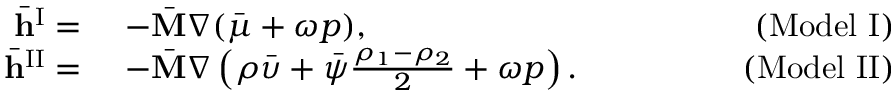
\begin{array} { r l r } { \bar { \mathbf { h } } ^ { \mathrm { I } } = } & { ~ - \bar { \mathbf { M } } \nabla ( \bar { \mu } + \omega p ) , \quad \quad \quad \quad } & { ( \mathrm { M o d e l ~ I } ) } \\ { \bar { \mathbf { h } } ^ { \mathrm { I I } } = } & { ~ - \bar { \mathbf { M } } \nabla \left( \rho \bar { \upsilon } + \bar { \psi } \frac { \rho _ { 1 } - \rho _ { 2 } } { 2 } + \omega p \right) . \quad \quad \quad \quad } & { ( \mathrm { M o d e l ~ I I } ) } \end{array}